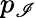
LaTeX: p_{\mathscr{I}}